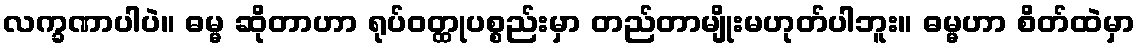
လက္ခဏာပါပဲ။ ဓမ္မ ဆိုတာဟာ ရုပ်ဝတ္ထုပစ္စည်းမှာ တည်တာမျိုးမဟုတ်ပါဘူး။ ဓမ္မဟာ စိတ်ထဲမှာ